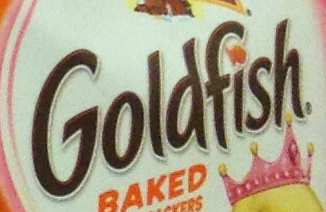
Goldfish